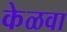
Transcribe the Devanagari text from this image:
केळवा